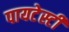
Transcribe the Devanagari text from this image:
पायटेस्टी